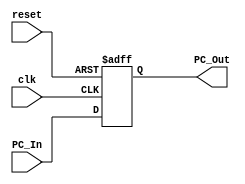
`timescale 1ns / 1ps
//////////////////////////////////////////////////////////////////////////////////
// Company: 
// Engineer: 
// 
// Design Name: 
// Module Name:    PC 
// Project Name: 
// Target Devices: 
// Tool versions: 
// Description: 
//
// Dependencies: 
//
// Revision: 
// Revision 0.01 - File Created
// Additional Comments: 
//
//////////////////////////////////////////////////////////////////////////////////
module PC(
  input clk, 
  input reset, 
  input [31:0] PC_In,
  output [31:0] PC_Out
);
	reg [31:0]pc_out;
  always @(posedge reset or posedge clk)
  begin
    if(reset)
      pc_out<= 31'd0;
    else
      pc_out <= PC_In;
  end
  assign PC_Out = pc_out;
endmodule